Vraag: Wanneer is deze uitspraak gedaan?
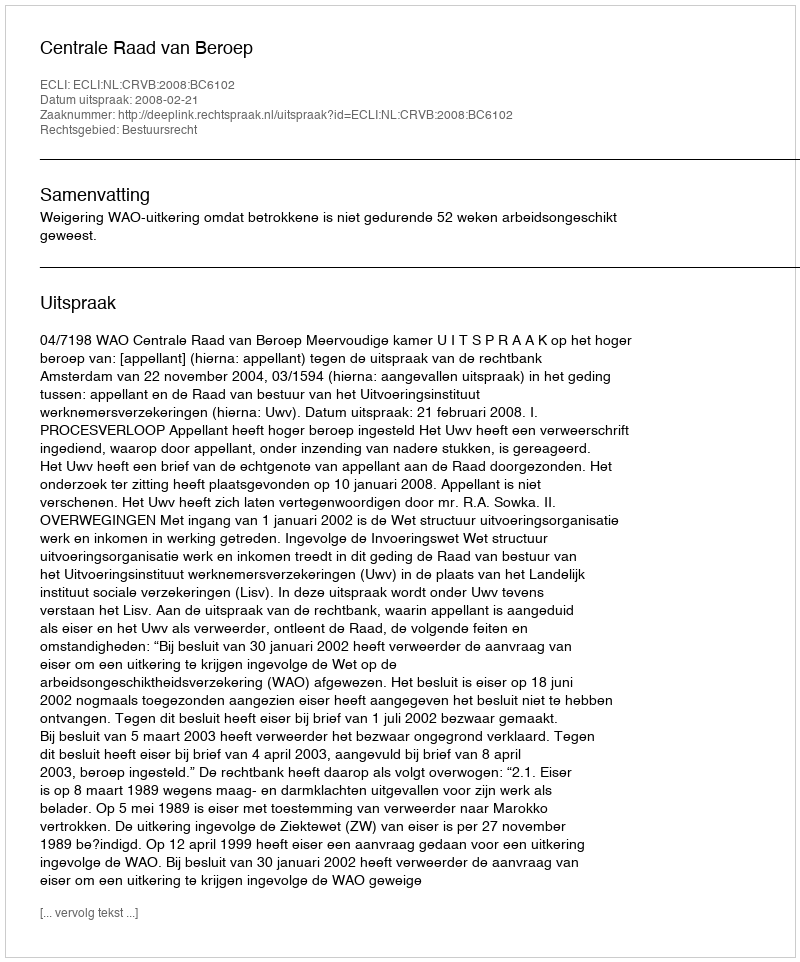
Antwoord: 2008-02-21